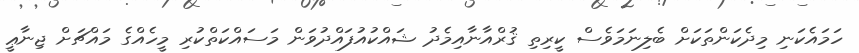
ހަމައެކަނި މިދެކަންތަކަށް ބެލިނަމަވެސް ކީރިތި ޤުރްއާނާއިމެދު ޝައްކުއުފައްދުވަން މަސައްކަތްކުރި މީހެއްގެ މައްޗަށް ޖިނާޢީ